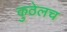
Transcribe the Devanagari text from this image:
कुठेलच